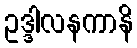
ဥဒ္ဒါလနကာနိ